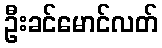
ဦးခင်မောင်လတ်